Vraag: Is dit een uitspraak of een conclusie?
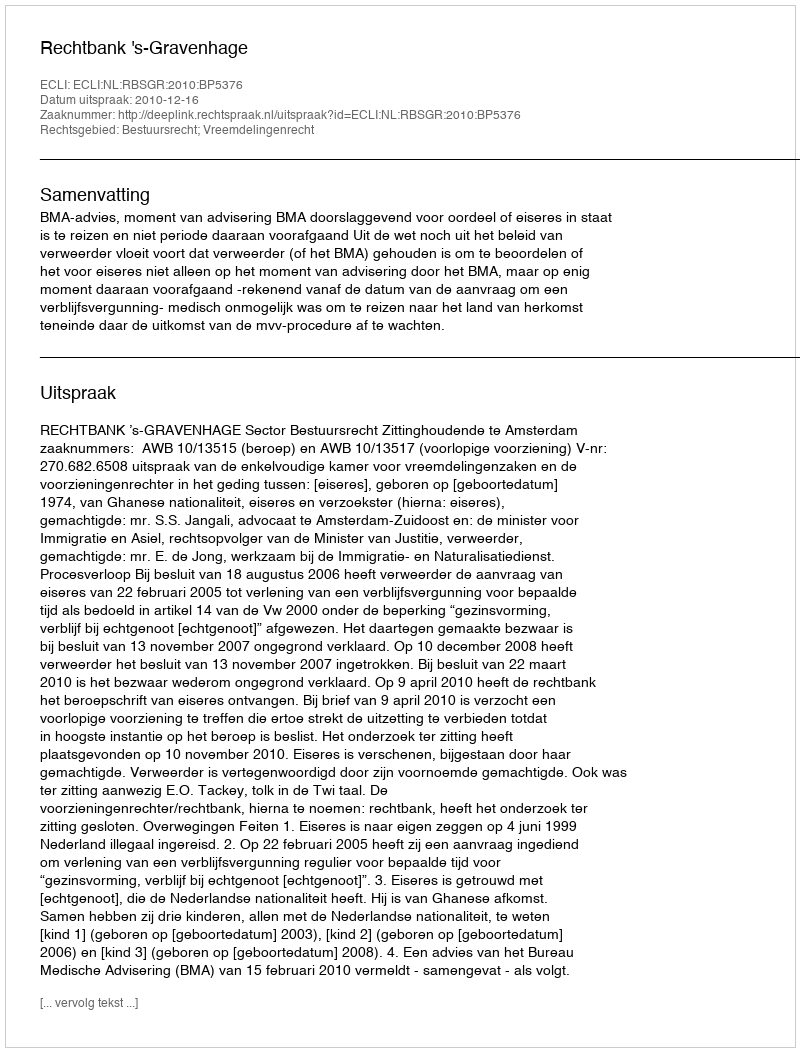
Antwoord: Uitspraak